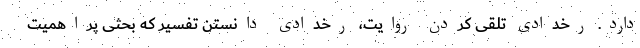
دارد. رخدادی تلقی کردن روایت، رخدادی دانستن تفسیر که بحثی پراهمیت